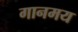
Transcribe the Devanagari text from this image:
गानमय